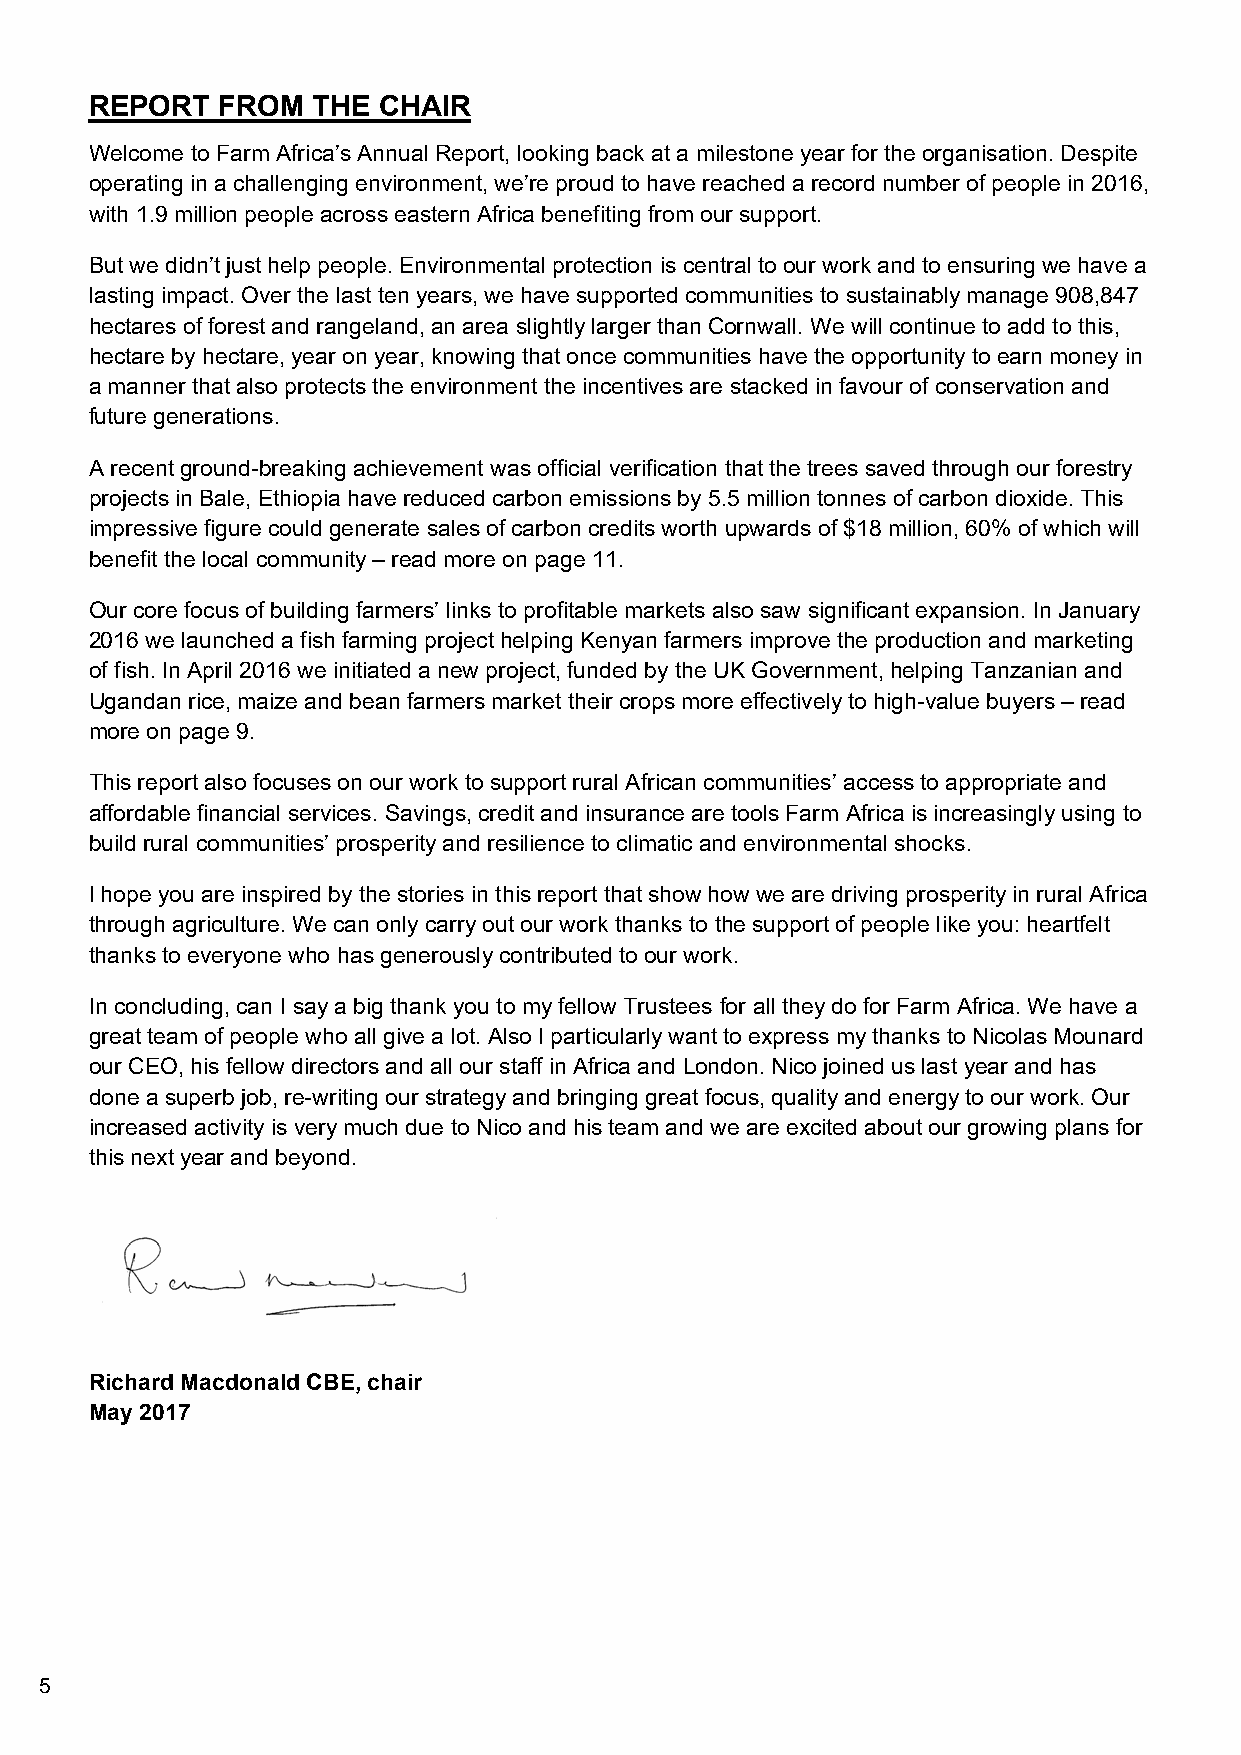
REPORT  FROM   THE CHAIR
 Welcome to Farm Africa’s Annual Report, looking back at a milestone year for the organisation. Despite
 operating in a challenging environment, we’re proud to have reached a record number of people in 2016,
 with 1.9 million people across eastern Africa benefiting from our support.
 But we didn’t just help people. Environmental protection is central to our work and to ensuring we have a
 lasting impact. Over the last ten years, we have supported communities to sustainably manage 908,847
 hectares of forest and rangeland, an area slightly larger than Cornwall. We will continue to add to this,
 hectare by hectare, year on year, knowing that once communities have the opportunity to earn money in
 a manner that also protects the environment the incentives are stacked in favour of conservation and
 future generations.
 A recent ground-breaking achievement was official verification that the trees saved through our forestry
 projects in Bale, Ethiopia have reduced carbon emissions by 5.5 million tonnes of carbon dioxide. This
 impressive figure could generate sales of carbon credits worth upwards of $18 million, 60% of which will
 benefit the local community – read more on page 11.
 Our core focus of building farmers’ links to profitable markets also saw significant expansion. In January
 2016 we launched a fish farming project helping Kenyan farmers improve the production and marketing
 of fish. In April 2016 we initiated a new project, funded by the UK Government, helping Tanzanian and
 Ugandan rice, maize and bean farmers market their crops more effectively to high-value buyers – read
 more on page 9.
 This report also focuses on our work to support rural African communities’ access to appropriate and
 affordable financial services. Savings, credit and insurance are tools Farm Africa is increasingly using to
 build rural communities’ prosperity and resilience to climatic and environmental shocks.
 I hope you are inspired by the stories in this report that show how we are driving prosperity in rural Africa
 through agriculture. We can only carry out our work thanks to the support of people like you: heartfelt
 thanks to everyone who has generously contributed to our work.
 In concluding, can I say a big thank you to my fellow Trustees for all they do for Farm Africa. We have a
 great team of people who all give a lot. Also I particularly want to express my thanks to Nicolas Mounard
 our CEO, his fellow directors and all our staff in Africa and London. Nico joined us last year and has
 done a superb job, re-writing our strategy and bringing great focus, quality and energy to our work. Our
 increased activity is very much due to Nico and his team and we are excited about our growing plans for
 this next year and beyond.
 Richard Macdonald CBE, chair
 May 2017
 5